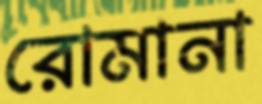
রোমানা